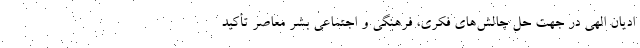
ادیان الهی در جهت حلّ چالش‌های فکری، فرهنگی و اجتماعی بشر معاصر تأکید